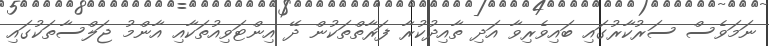
ނަމަވެސް ސަރުކާރުގައި ބައިވެރިވާ އަދި ތާއިދުކުރާ ފަރާތްތަކުން ދޭ އިންޓަވިއުތަކާއި އާންމު ޖަލްސާތަކުގައި